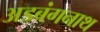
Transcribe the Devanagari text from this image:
अडबंगनाथ